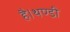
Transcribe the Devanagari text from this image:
है।थण्डी